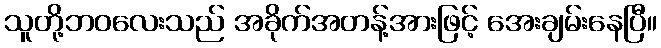
သူတို့ဘဝလေးသည် အခိုက်အတန့်အားဖြင့် အေးချမ်းနေပြီ။